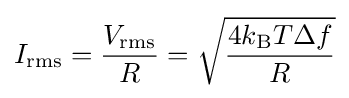
I_{\text{rms}}={V_{\text{rms}} \over R}={\sqrt {{4k_{\text{B}}T\Delta f} \over R}}